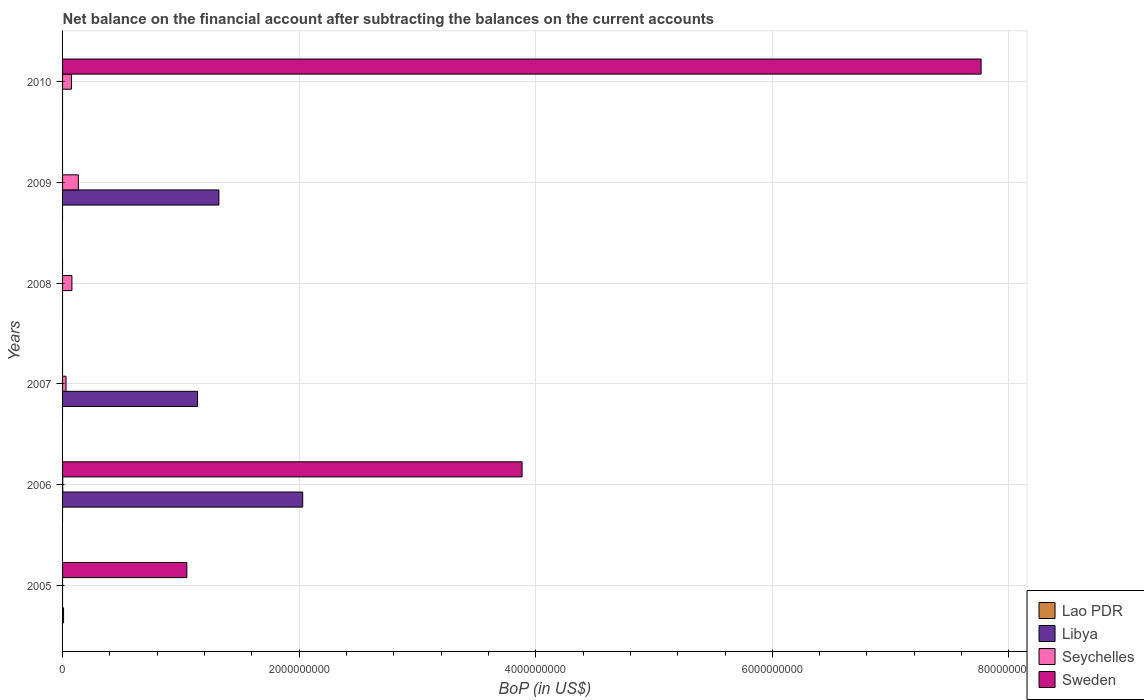
| Years | Lao PDR | Libya | Seychelles | Sweden |
 | --- | --- | --- | --- | --- |
 | 2005 | 8.44e+06 | -1.45e+09 | -2.81e+05 | 1.05e+09 |
 | 2006 | -4.03e+08 | 2.03e+09 | 1.6e+06 | 3.88e+09 |
 | 2007 | -7.35e+08 | 1.14e+09 | 2.93e+07 | -3.36e+10 |
 | 2008 | -4.09e+08 | -1.75e+09 | 7.9e+07 | -6.47e+10 |
 | 2009 | -5.23e+08 | 1.32e+09 | 1.33e+08 | -1.41e+10 |
 | 2010 | -4.02e+08 | -2.14e+09 | 7.48e+07 | 7.76e+09 |